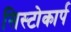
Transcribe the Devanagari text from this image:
सिस्टोकार्प